Civil Veterinary Department Bengal reports 1923-33 - 1923-1933
Year: 1923
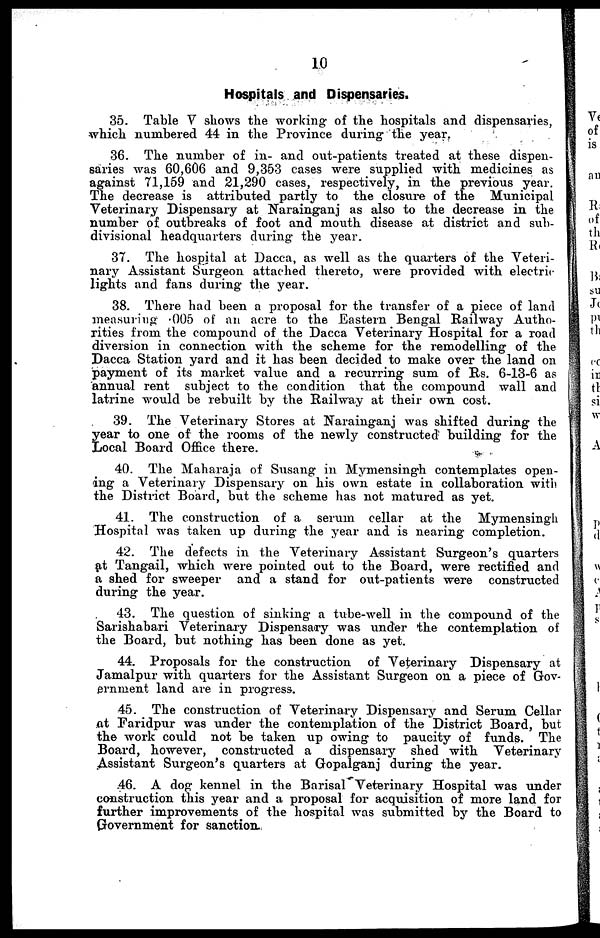
10
Hospitals and Dispensaries.
35. Table V shows the working of the hospitals and dispensaries,
which numbered 44 in the Province during the year.
36. The number of in- and out-patients treated at these dispen-
saries was 60,606 and 9,353 cases were supplied with medicines as
against 71,159 and 21,290 cases, respectively, in the previous year.
The decrease is attributed partly to the closure of the Municipal
Veterinary Dispensary at Narainganj as also to the decrease in the
number of outbreaks of foot and mouth disease at district and sub-
divisional headquarters during the year.
37. The hospital at Dacca, as well as the quarters of the Veteri-
nary Assistant Surgeon attached thereto, were provided with electric
lights and fans during the year.
38. There had been a proposal for the transfer of a piece of land
measuring 005 of an acre to the Eastern Bengal Railway Autho-
rities from the compound of the Dacca Veterinary Hospital for a road
diversion in connection with the scheme for the remodelling of the
Dacca Station yard and it has been decided to make over the land on
payment of its market value and a recurring sum of Rs. 6-13-6 as
annual rent subject to the condition that the compound wall and
latrine would be rebuilt by the Railway at their own. cost.
39. The Veterinary Stores at Narainganj was shifted during the
year to one of the rooms of the newly constructed building for the
Local Board Office there.
40. The Maharaja of Susang in Mymensingh contemplates open-
ing a Veterinary Dispensary on his own estate in collaboration with
the District Board, but the scheme has not matured as yet.
41. The construction of a serum cellar at the Mymensingh
Hospital was taken up during the year and is nearing completion.
42. The defects in the Veterinary Assistant Surgeon's quarters
at Tangail, which were pointed out to the Board, were rectified and
a shed for sweeper and a stand for out-patients were constructed
during the year.
43. The question of sinking a tube-well in the compound of the
Sarishabari Veterinary Dispensary was under the contemplation of
the Board, but nothing has been done as yet.
44. Proposals for the construction of Veterinary Dispensary at
Jamalpur with quarters for the Assistant Surgeon on a piece of Gov-
ernment land are in progress.
45. The construction of Veterinary Dispensary and Serum Cellar
at Faridpur was under the contemplation of the District Board, but
the work could not be taken up owing to paucity of funds. The
Board, however, constructed a dispensary shed with Veterinary
Assistant Surgeon's quarters at Gopalganj during the year.
46. A dog kennel in the Barisal Veterinary Hospital was under
construction this year and a proposal for acquisition of more land for
further improvements of the hospital was submitted by the Board to
Government for sanction.